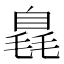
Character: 𣯝